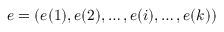
e = ( e ( 1 ) , e ( 2 ) , \ldots , e ( i ) , \ldots , e ( k ) )